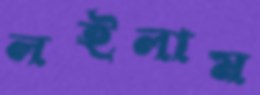
লইলাম